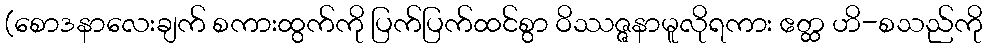
(စောဒနာလေးချက် စကားထွက်ကို ပြက်ပြက်ထင်စွာ ဝိဿဇ္ဇနာမူလိုရကား ဧတ္ထ ဟိ-စသည်ကို